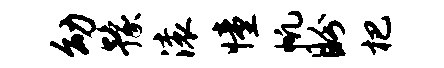
幼豫滚憧帆盼杷